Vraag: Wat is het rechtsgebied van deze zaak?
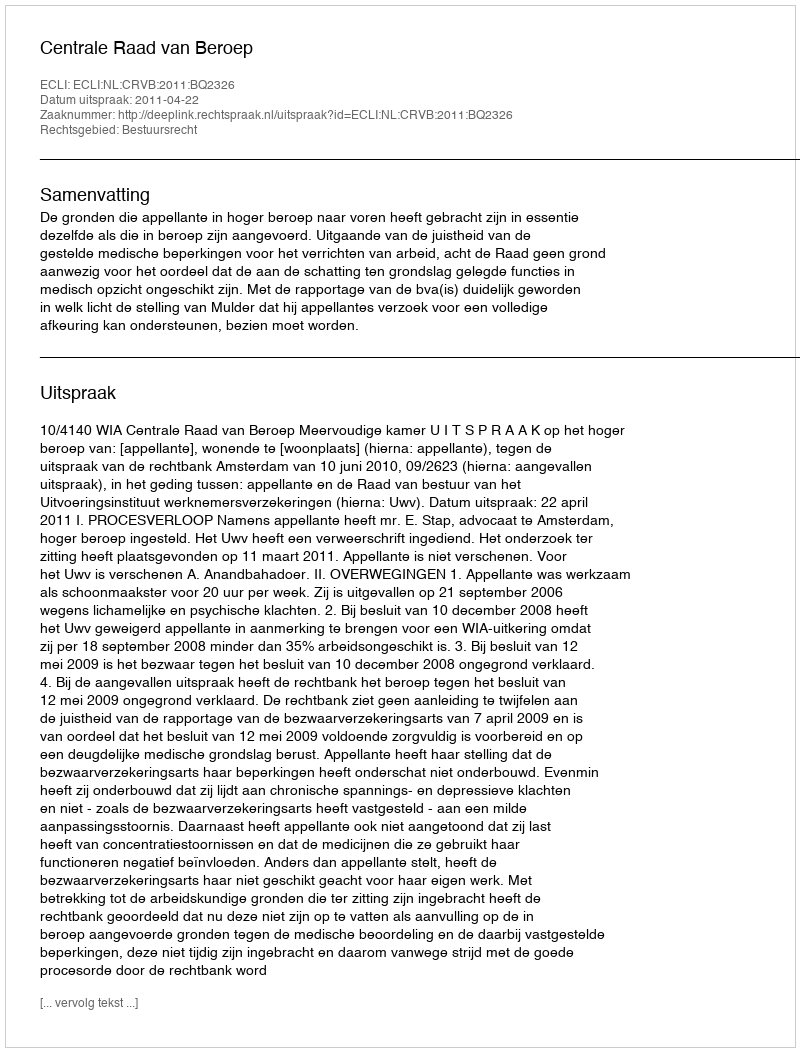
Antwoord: Bestuursrecht